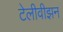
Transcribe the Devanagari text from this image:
टेलीवीझन